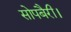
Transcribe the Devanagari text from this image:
सोपबैरी।